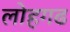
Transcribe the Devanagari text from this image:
लोहगढ